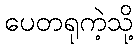
ပေတရုကဲ့သို့